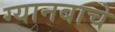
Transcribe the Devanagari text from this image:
ग्यानबाचे